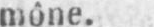
mône.